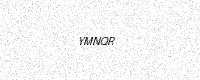
Text: YMNQR